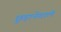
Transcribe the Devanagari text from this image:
छुड़ानेवाले